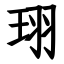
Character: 珝